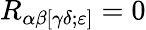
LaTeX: R_{\alpha\beta[\gamma\delta;\varepsilon]}=0